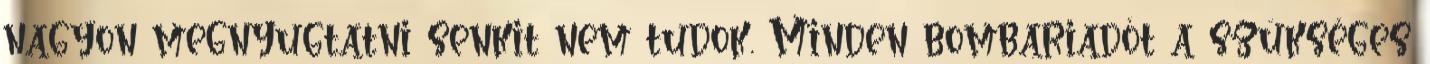
nagyon megnyugtatni senkit nem tudok. Minden bombariadót a szükséges